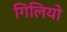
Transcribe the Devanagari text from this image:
गिलियो